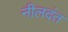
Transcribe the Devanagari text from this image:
नीलदंत